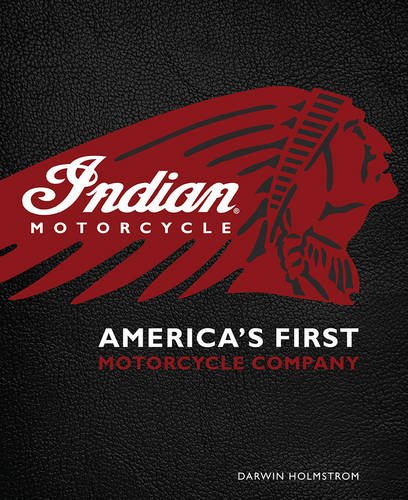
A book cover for Indian Motorcycle(R): America's First Motorcycle Company; Darwin Holmstrom; Business & Money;